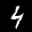
Label: 4